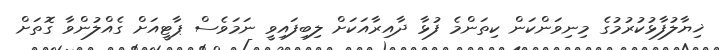
ޚިޔާލުފާޅުކުރުމުގެ މިނިވަންކަން ކިތަންމެ ފުޅާ ދާއިރާއަކަށް ލިބިފައިވީ ނަމަވެސް ޕާޓީއަށް ގެއްލުންވާ ގޮތަށް